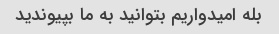
بله امیدواریم بتوانید به ما بپیوندید